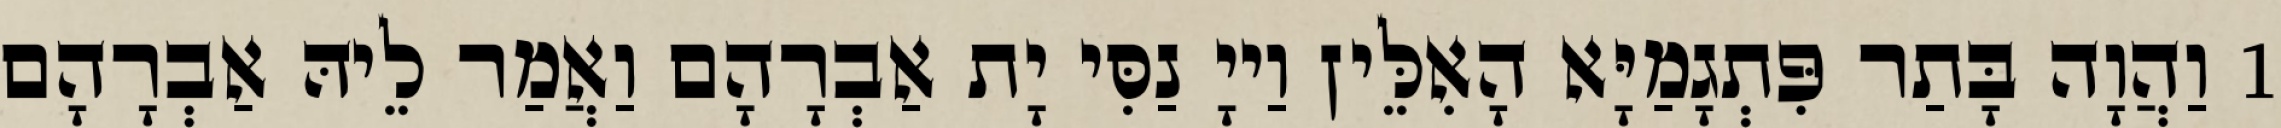
1 וַהֲוָה בָּתַר פִּתְגָמַיָּא הָאִלֵּין וַייָ נַסִּי יָת אַבְרָהָם וַאֲמַר לֵיהּ אַבְרָהָם